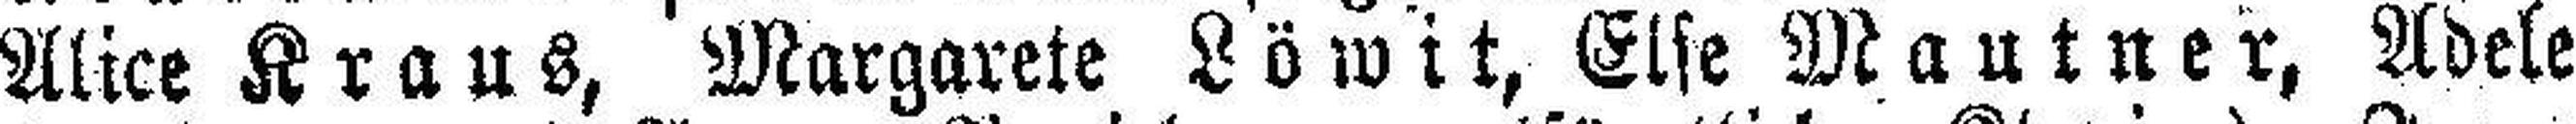
Alice Kraus, Margarete Löwit, Eise Mautner, Adele